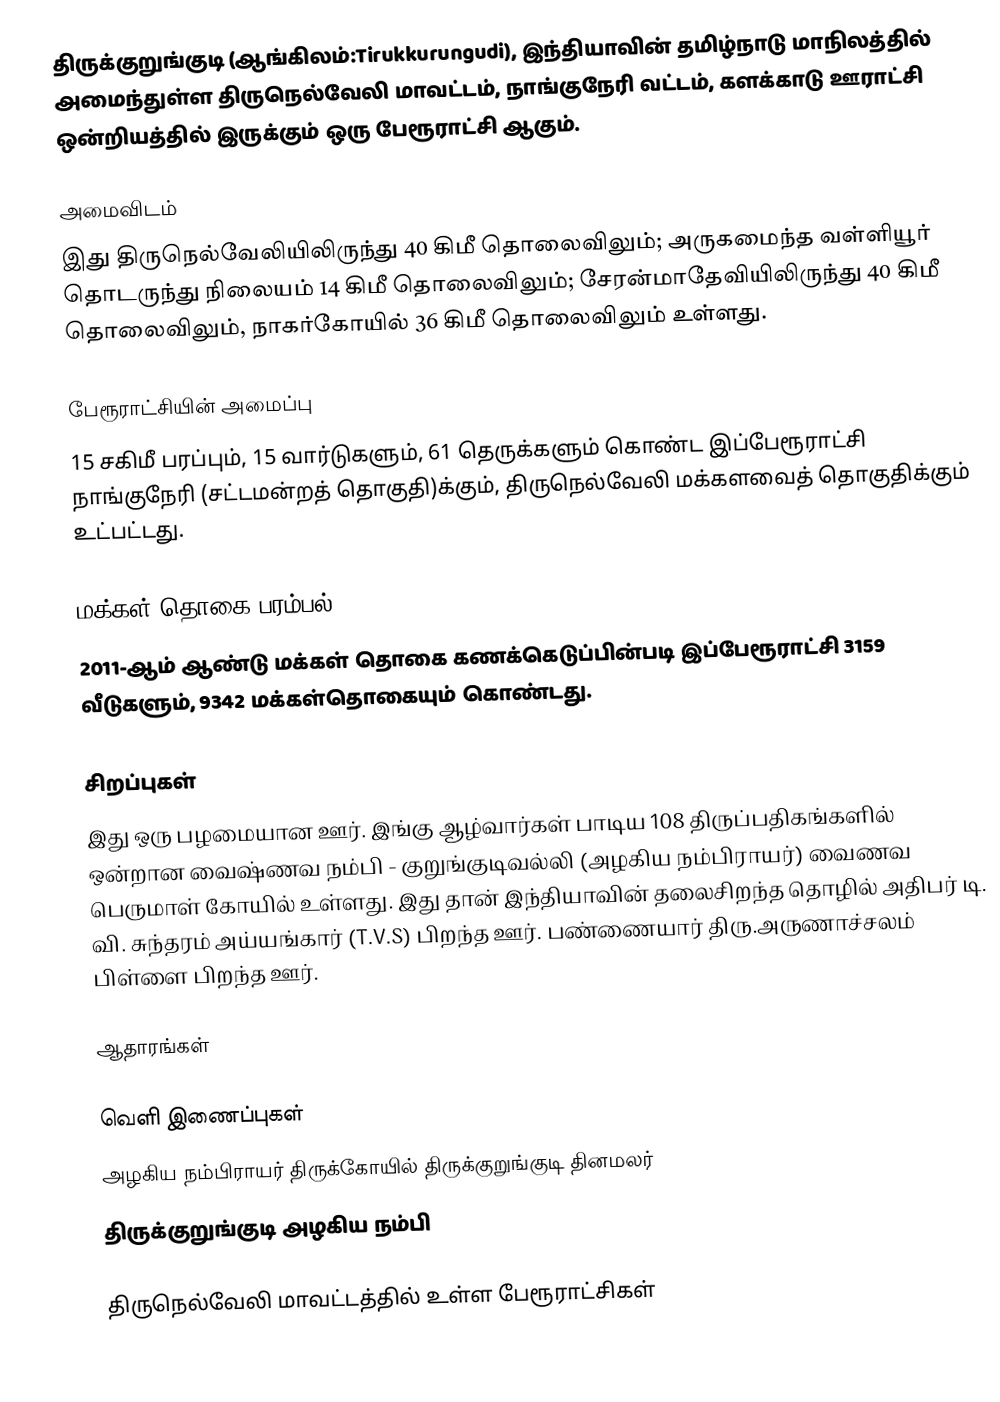
திருக்குறுங்குடி (ஆங்கிலம்:Tirukkurungudi), இந்தியாவின் தமிழ்நாடு மாநிலத்தில் அமைந்துள்ள திருநெல்வேலி மாவட்டம்,  நாங்குநேரி வட்டம்,  களக்காடு ஊராட்சி ஒன்றியத்தில் இருக்கும் ஒரு பேரூராட்சி ஆகும்.

அமைவிடம்
இது திருநெல்வேலியிலிருந்து 40 கிமீ தொலைவிலும்; அருகமைந்த வள்ளியூர் தொடருந்து நிலையம் 14 கிமீ தொலைவிலும்; சேரன்மாதேவியிலிருந்து 40 கிமீ தொலைவிலும், நாகர்கோயில் 36 கிமீ தொலைவிலும் உள்ளது.

பேரூராட்சியின் அமைப்பு
15 சகிமீ பரப்பும், 15  வார்டுகளும், 61 தெருக்களும் கொண்ட இப்பேரூராட்சி  நாங்குநேரி (சட்டமன்றத் தொகுதி)க்கும், திருநெல்வேலி மக்களவைத் தொகுதிக்கும் உட்பட்டது.

மக்கள் தொகை பரம்பல்
2011-ஆம் ஆண்டு மக்கள் தொகை கணக்கெடுப்பின்படி  இப்பேரூராட்சி                       3159 வீடுகளும், 9342 மக்கள்தொகையும் கொண்டது.

சிறப்புகள்
இது ஒரு பழமையான ஊர். இங்கு ஆழ்வார்கள் பாடிய 108 திருப்பதிகங்களில் ஒன்றான  வைஷ்ணவ நம்பி - குறுங்குடிவல்லி (அழகிய நம்பிராயர்) வைணவ பெருமாள் கோயில் உள்ளது. இது தான் இந்தியாவின் தலைசிறந்த தொழில் அதிபர்  டி. வி. சுந்தரம் அய்யங்கார் (T.V.S) பிறந்த ஊர். பண்ணையார் திரு.அருணாச்சலம் பிள்ளை பிறந்த ஊர்.

ஆதாரங்கள்

வெளி இணைப்புகள்
 அழகிய நம்பிராயர் திருக்கோயில் திருக்குறுங்குடி தினமலர்
 திருக்குறுங்குடி அழகிய நம்பி

திருநெல்வேலி மாவட்டத்தில் உள்ள பேரூராட்சிகள்